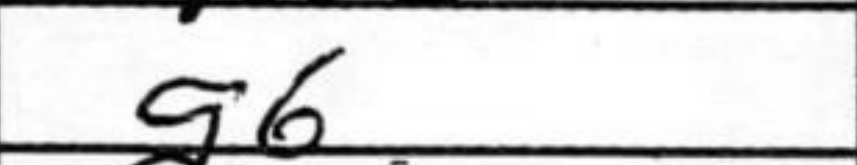
Transcription: g6